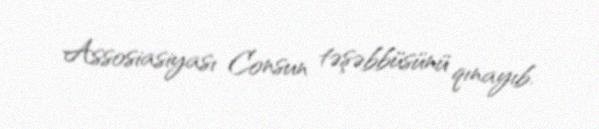
Assosiasiyası Consun təşəbbüsünü qınayıb.